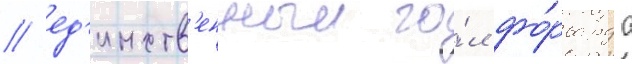
/ ед'инств'енныи го́л фо́рварда